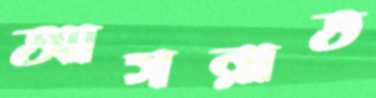
আসরাত